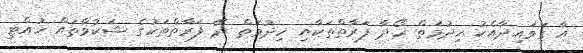
އާ ގަވައިދާއެކު ހިދުމަތް ހޯދާ ފަރާތްތަކާއި ހިދުމަތް ދޭ ފަރާތްތަކުގެ ޝަކުވާތައް ހުއްޓި